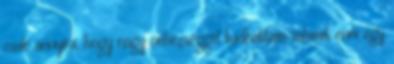
csak annyira, hogy nagy nehézséggel tudhattam valamit enni egy